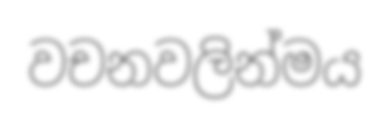
වචනවලින්මය